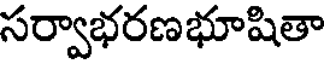
సర్వాభరణభూషితా